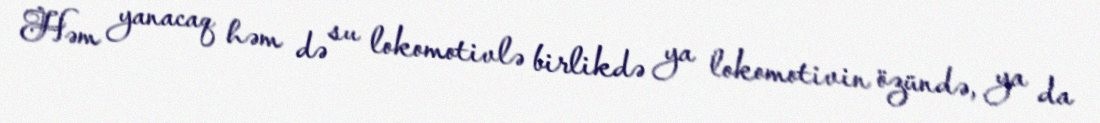
Həm yanacaq həm də su lokomotivlə birlikdə ya lokomotivin özündə, ya da